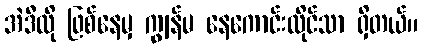
အဲဒီလို ဖြစ်နေမှ ကျွန်မ နေကောင်းထိုင်သာ ရှိတယ်။